Annual report of the Bengal Veterinary College and of the Civil Veterinary Department, Bengal, for the year 1920-21 - 1920-1921
Year: 1920
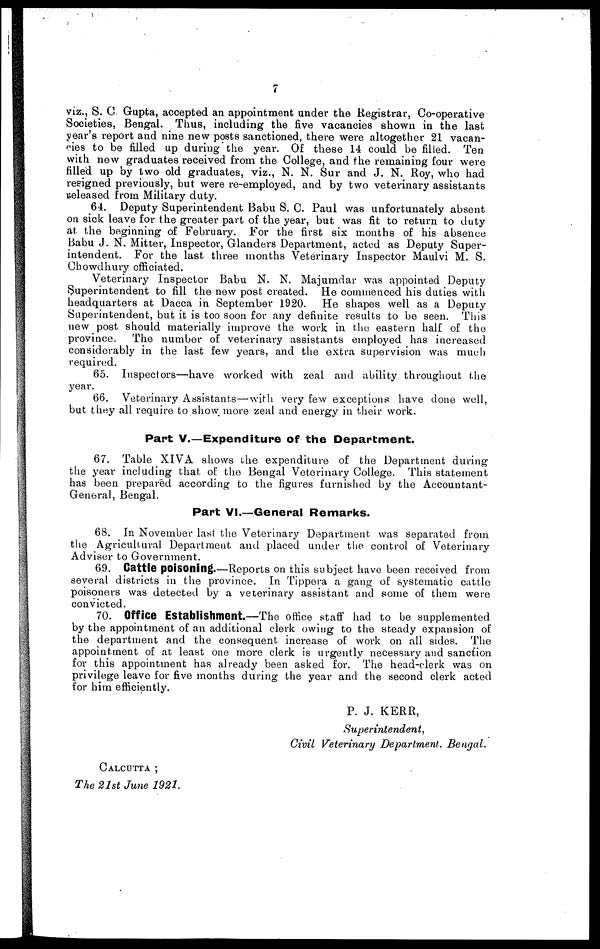
7
viz., S. C. Gupta, accepted an appointment under the Registrar, Co-operative
Societies, Bengal. Thus, including the five vacancies shown in the last
year's report and nine new posts sanctioned, there were altogether 21 vacan-
cies to be filled up during the year. Of these 14 could be filled. Ten
with new graduates received from the College, and the remaining four were
filled up by two old graduates, viz., N. N. Sur and J. N. Roy, who had
resigned previously, but were re-employed, and by two veterinary assistants
released from Military duty.
64. Deputy Superintendent Babu S. C. Paul was unfortunately absent
on sick leave for the greater part of the year, but was fit to return to duty
at the beginning of February. For the first six months of his absence
Babu J. N. Mitter, Inspector, Glanders Department, acted as Deputy Super-
intendent. For the last three months Veterinary Inspector Maulvi M. S.
Chowdhury officiated.
Veterinary Inspector Babu N. N. Majumdar was appointed Deputy
Superintendent to fill the new post created. He commenced his duties with
headquarters at Dacca in September 1920.
He shapes well as a Deputy
Superintendent, but it is too soon for any definite results to be seen. This
new post should materially improve the work in the eastern half of the
province.
The number of veterinary assistants employed has increased
considerably in the last few years, and the extra supervision was much
required.
65. Inspectors—have worked with zeal and ability throughout the
year.
66. Veterinary Assistants—with very few exceptions have done well,
but they all require to show more zeal and energy in their work.
Part V.—Expenditure of the Department.
67. Table XIVA shows the expenditure of the Department during
the year including that of the Bengal Veterinary College. This statement
has been prepared according to the figures furnished by the Accountant-
General, Bengal.
Part VI.—General Remarks.
68. In November last the Veterinary Department was separated from
the Agricultural Department and placed under the control of Veterinary
Adviser to Government.
69. Cattle Poisoning.—Reports on this subject have been received from
several districts in the province. In Tippera a gang of systematic cattle
poisoners was detected by a veterinary assistant and some of them were
convicted.
70. Office Establishment—The office staff had to be supplemented
by the appointment of an additional clerk owing to the steady expansion of
the department and the consequent increase of work on all sides. The
appointment of at least one more clerk is urgently necessary and sanction
for this appointment has already been asked for. The head-clerk was on
privilege leave for five months during the year and the second clerk acted
for him efficiently.
P. J. KERR,
Superintendent,
Civil Veterinary Department
Bengal.
CALCUTTA ;
The 21st June 1921.